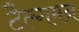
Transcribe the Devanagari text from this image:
टैल्गमन